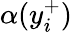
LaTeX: \alpha(y_{i}^{+})